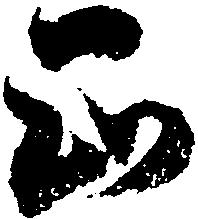
正